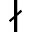
\nmid